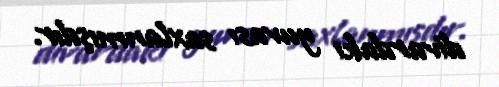
divardakı yuvası saxlanmışdır.